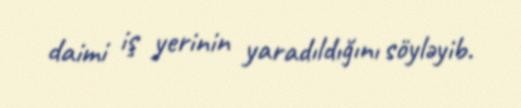
daimi iş yerinin yaradıldığını söyləyib.